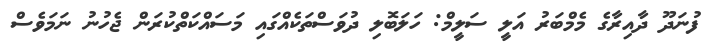
ފުނަދޫ ދާއިރާގެ މެމްބަރު އަލީ ސަލީމް: ހަލަބޮލި ދުވަސްތަކެއްގައި މަސައްކަތްކުރަން ޖެހުނު ނަމަވެސް